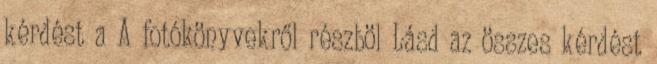
kérdést a A fotókönyvekről részböl Lásd az összes kérdést